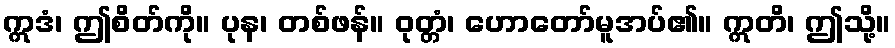
ဣဒံ၊ ဤစိတ်ကို။ ပုန၊ တစ်ဖန်။ ဝုတ္တံ၊ ဟောတော်မူအပ်၏။ ဣတိ၊ ဤသို့။